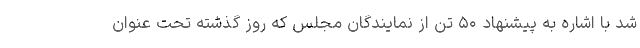
شد با اشاره به پیشنهاد ۵۰ تن از نمایندگان مجلس که روز گذشته تحت عنوان